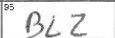
Transcription: BLZ